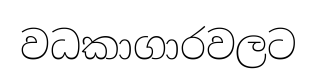
වධකාගාරවලට